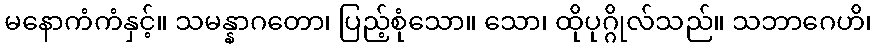
မနောကံကံနှင့်။ သမန္နာဂတော၊ ပြည့်စုံသော။ သော၊ ထိုပုဂ္ဂိုလ်သည်။ သဘာဂေဟိ၊